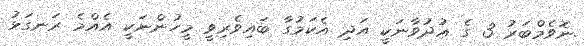
.ނޮވެމްބަރު 3 ގެ ޢުދުވާނަކީ އަދި އެކަމުގާ ބައިވެރިވީ މީހުންނަކީ އެއްމެ ރަނގަޅު